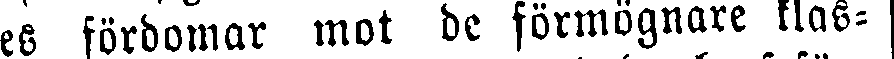
nes fördomar mot de förmögnare klas-